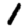
Digit: 1